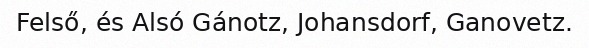
Felső, és Alsó Gánotz, Johansdorf, Ganovetz.